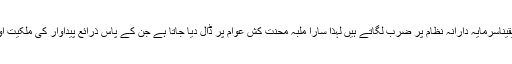
اس طرح کے سوالات یقیناسرمایہ دارانہ نظام پر ضرب لگاتے ہیں لہٰذا سارا ملبہ محنت کش عوام پر ڈال دیا جاتا ہے جن کے پاس ذرائع پیداوار کی ملکیت اور کنٹرول ہی نہیں ہے۔